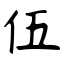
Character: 伍